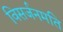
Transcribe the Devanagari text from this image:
विसर्जनमति